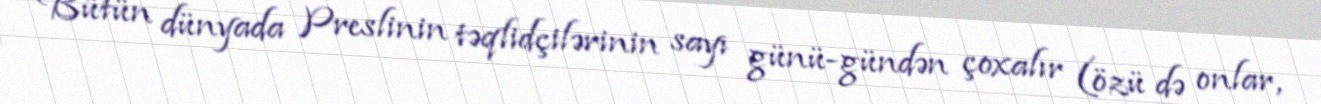
Bütün dünyada Preslinin təqlidçilərinin sayı günü-gündən çoxalır (özü də onlar,